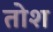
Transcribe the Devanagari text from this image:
तोश